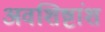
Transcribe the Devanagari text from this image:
अवशिष्टांश